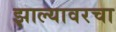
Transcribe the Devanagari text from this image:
झाल्यावरचा